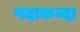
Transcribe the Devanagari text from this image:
पदाकन्दा